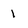
Character: 1